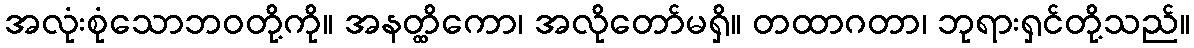
အလုံးစုံသောဘဝတို့ကို။ အနတ္ထိကော၊ အလိုတော်မရှိ။ တထာဂတာ၊ ဘုရားရှင်တို့သည်။